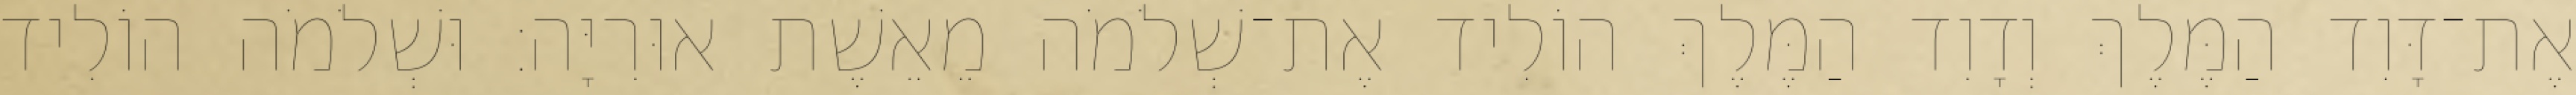
אֶת־דָּוִד הַמֶּלֶךְ וְדָוִד הַמֶּלֶךְ הוֹלִיד אֶת־שְׁלֹמֹה מֵאֵשֶׁת אוּרִיָּה׃ וּשְׁלֹמֹה הוֹלִיד